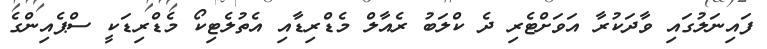
ފައިނަލުގައި ވާދަކުރާ އަވަށްޓެރި ދެ ކްލަބު ރެއާލް މެޑްރިޑާއި އެތުލެޓިކޯ މެޑްރިޑަކީ ސްޕެއިންގެ